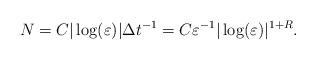
LaTeX: \begin{align*}N=C|\log(\varepsilon)|\Delta t^{-1}=C\varepsilon^{-1}|\log(\varepsilon)|^{1+R}.\end{align*}